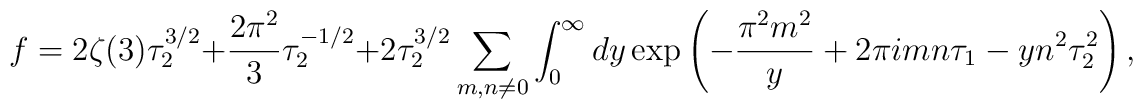
f=2\zeta(3)\tau_2^{3/2} + {2\pi^{2}\over 3}\tau_2^{-1/2} +2\tau_2^{3/2}\sum_{m,n\neq 0}\int_0^{\infty}dy  \exp\left(-{\pi^2 m^2\over y}+2\pi i m n\tau_1 - yn^2 \tau_2^2\right),